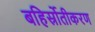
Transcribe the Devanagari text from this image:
बहिर्स्रोतीकरण